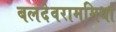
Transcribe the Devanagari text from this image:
बलदेवराममिर्धा